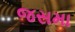
જસમા